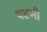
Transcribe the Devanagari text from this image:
पटणी